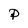
Character: p